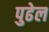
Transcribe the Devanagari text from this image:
पुढेल